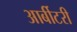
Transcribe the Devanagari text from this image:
आर्बीटरी